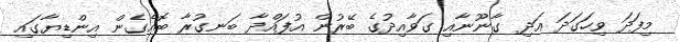
މިފަދަ ވިހަގަދަ އަދި ގާނޫނާއި ގަވާއިދުގެ ބޭރުން އުފައްދާ ބަނގުރާ ބޮއެގެން އިންޑިޔާގައި